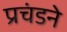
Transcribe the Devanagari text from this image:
प्रचंडने